Medical and sanitary report of the native army of Madras for the year
Year: 1878
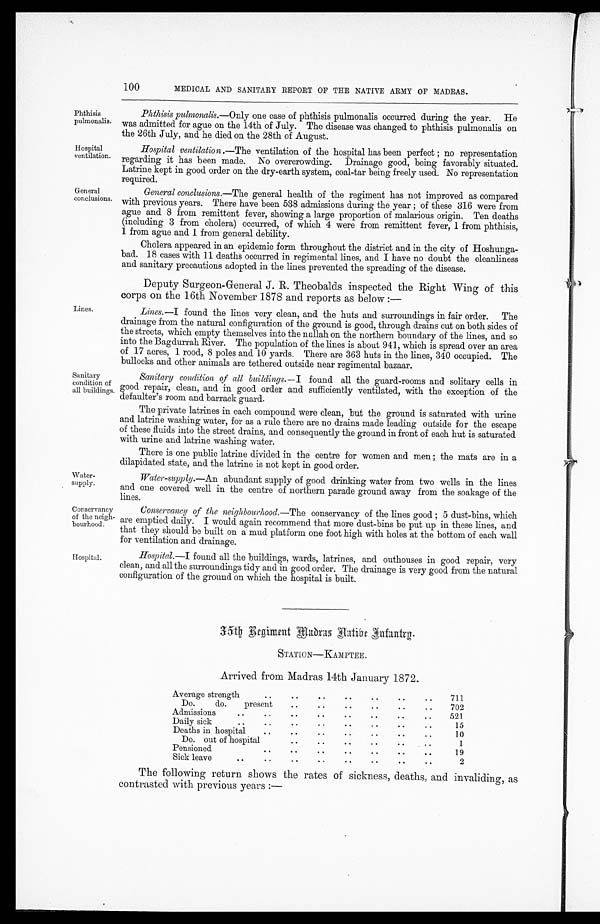
Phthisis
pulmonalis.
Hospital
ventilation.
General
conclusions
Lines.
Sanitary
condition of
all buildings.
Water
-supply.
Conservancy
of the neigh-
bourhood.
Hospital.
100
MEDICAL AND SANITARY REPORT OF THE NATIVE ARMY OF MADRAS.
Phthisis pulmonalis.— Only one case of phthisis pulmonalis occurred. during the year. He
was admitted for ague on the 14th of July. The disease was changed to phthisis pulmonalis on
the 26th July, and he died on the 28th of August.
Hospital ventilation .—The ventilation of the hospital has been perfect; no representation
regarding it has been made. No overcrowding. Drainage good, being favorably situated.
Latrine kept in good order on the dry–earth system, coal–tar being freely used. No representation
required.
General conclusions.—The general health of the regiment has not improved as compared
with previous years. There have been 538 admissions during the year; of these 316 were from
ague and 8 from remittent fever, showing a large proportion of malarious origin. Ten deaths
(including 3 from cholera) occurred, of which 4 were from remittent fever, 1 from phthisis,
1 from ague and 1 from general debility.
Cholera appeared in an epidemic form throughout the district and in the city of Hoshunga
- b a d . 1 8 c a s e s w i t h 1 1 d e a t h s o c c u r r e d i n r e g i m e n t a l l i n e s , a n d I h a v e n o d o u b t t h e c l e a n l i n e s s
and sanitary precautions adopted in the lines prevented the spreading of the disease.
Deputy Surgeon-General J. R. Theobalds inspected the Right Wing of this
corps on the 16th November 1878 and reports as below :—
Lines.—I found the lines very clean, and the huts and surroundings in fair order. The
drainage from the natural configuration of the ground is good, through drains cut on both sides of
the streets, which empty themselves into the nullah on the northern boundary of the lines, and so
into the Bagdurrah River. The population of the lines is about 941, which is spread over an area
of 17 acres, 1 rood, 8 poles and 10 yards. There are 363 huts in the lines, 340 occupied. The
bullocks and other animals are tethered outside near regimental bazaar.
Sanitary condition of all buildings.— I found all the guard-rooms and solitary cells in
good repair, clean, and in good order and sufficiently ventilated, with the exception of the
defaulter's room and barrack guard.
The private latrines in each compound were clean, but the ground is saturated with urine
and latrine washing water, for as a rule there are no drains made leading outside for the escape
of these fluids into the street drains, and consequently the ground in front of each hut is saturated
with urine and latrine washing water.
There is one public latrine divided in the centre for women and men; the mats are in a
dilapidated state, and the latrine is not kept in good order.
Water-supply.—An abundant supply of good drinking water from two wells in the lines
and one covered well in the centre of northern parade ground away from the soakage of the
lines.
Conservancy of the neighbourhood.— The conservancy of the lines good ; 5 dust-bins, which
are emptied daily. I would again recommend that more dust-bins be put up in these lines, and
that they should be built on a mud platform one foot high with holes at the bottom of each wall
for ventilation and drainage.
Hospital.—I found all the buildings, wards, latrines, and outhouses in good. repair, very
clean, and all the surroundings tidy and in good order. The drainage is very good from the natural
configuration of the ground on which the hospital is built.
3 5 t h R e g i m e n t M a o r a s N a t i v e I n f a n t r y .
STATION—KAMPTEE.
Arrived from Madras 14th January 1872.
Average strength..
. .
. .
. .
. .
. .
. .
711
Do.
do.
present
. .
. .
. .
. .
. .
. .
702
Admissions..
. .
. .
. .
. .
. .
. .
. .
521
Daily sick
..
..
. .
. .
. .
. .
. .
. .
15
Deaths in hospital
. .
. .
. .
. .
. .
. .
10
Do. out of hospital
. .
. .
. .
. .
. .
. .
1
Pensioned
. .
. .
. .
. .
. .
. .
. .
19
Sick leave
.. ..
. .
. .
. .
. .
. .
. .
2
The following return shows the rates of sickness, deaths, and invaliding, as
contrasted with previous years :—